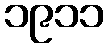
၁၉၁၁